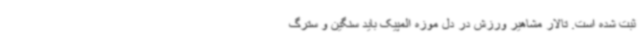
ثبت شده است. تالار مشاهیر ورزش در دل موزه المپیک باید سنگین و سترگ